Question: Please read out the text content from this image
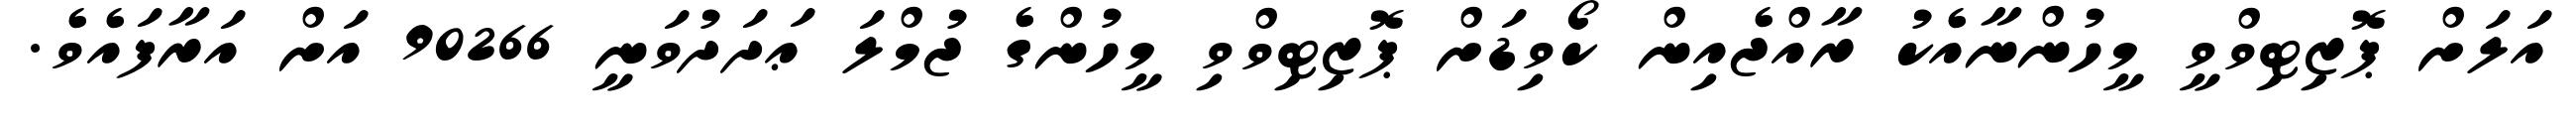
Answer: އަލަށް ޕޮޒިޓިވްވީ މީހުންނާއެކު ރާއްޖެއިން ކޯވިޑަށް ޕޮޒިޓިވްވި މީހުންގެ ޖުމްލަ ޢަދަދުވަނީ 90266 އަށް އަރާފައެވެ.